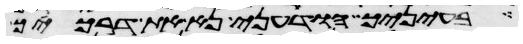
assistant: בעיניך הודעני נא את דרכיך